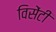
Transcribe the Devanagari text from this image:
विसेंटी